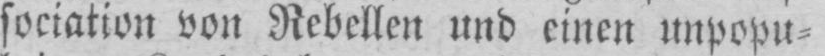
sociation von Rebellen und einen unpopu⸗